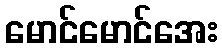
မောင်မောင်အေး